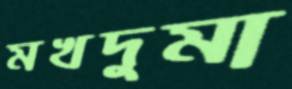
মখদুমা